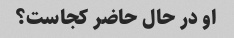
او در حال حاضر کجاست؟